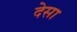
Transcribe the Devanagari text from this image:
देसा